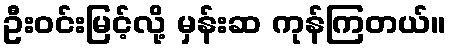
ဦးဝင်းမြင့်လို့ မှန်းဆ ကုန်ကြတယ်။